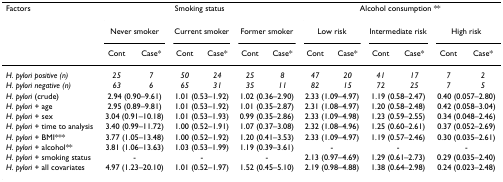
<table><thead><tr><td><b>Factors</b></td><td colspan="6"><b>Smoking status</b></td><td colspan="6"><b>Alcohol consumption **</b></td></tr><tr><td></td><td colspan="2"><b>Never smoker</b></td><td colspan="2"><b>Current smoker</b></td><td colspan="2"><b>Former smoker</b></td><td colspan="2"><b>Low risk</b></td><td colspan="2"><b>Intermediate risk</b></td><td colspan="2"><b>High risk</b></td></tr><tr><td></td><td><b>Cont</b></td><td><b>Case*</b></td><td><b>Cont</b></td><td><b>Case*</b></td><td><b>Cont</b></td><td><b>Case*</b></td><td><b>Cont</b></td><td><b>Case*</b></td><td><b>Cont</b></td><td><b>Case*</b></td><td><b>Cont</b></td><td><b>Case*</b></td></tr></thead><tbody><tr><td><i>H. pylori positive (n)</i></td><td><i>25</i></td><td><i>7</i></td><td><i>50</i></td><td><i>24</i></td><td><i>25</i></td><td><i>8</i></td><td><i>47</i></td><td><i>20</i></td><td><i>41</i></td><td><i>17</i></td><td><i>7</i></td><td><i>2</i></td></tr><tr><td><i>H. pylori negative (n)</i></td><td><i>63</i></td><td><i>6</i></td><td><i>65</i></td><td><i>31</i></td><td><i>35</i></td><td><i>11</i></td><td><i>82</i></td><td><i>15</i></td><td><i>72</i></td><td><i>25</i></td><td><i>7</i></td><td><i>5</i></td></tr><tr><td><i>H. pylori </i>(crude)</td><td colspan="2">2.94 (0.90–9.61)</td><td colspan="2">1.01 (0.53–1.92)</td><td colspan="2">1.02 (0.36–2.90)</td><td colspan="2">2.33 (1.09–4.97)</td><td colspan="2">1.19 (0.58–2.47)</td><td colspan="2">0.40 (0.057–2.80)</td></tr><tr><td><i>H. pylori </i>+ age</td><td colspan="2">2.95 (0.89–9.81)</td><td colspan="2">1.01 (0.53–1.92)</td><td colspan="2">1.01 (0.35–2.87)</td><td colspan="2">2.31 (1.08–4.97)</td><td colspan="2">1.20 (0.58–2.48)</td><td colspan="2">0.42 (0.058–3.04)</td></tr><tr><td><i>H. pylori </i>+ sex</td><td colspan="2">3.04 (0.91–10.18)</td><td colspan="2">1.01 (0.53–1.93)</td><td colspan="2">0.99 (0.35–2.86)</td><td colspan="2">2.33 (1.09–4.98)</td><td colspan="2">1.23 (0.59–2.55)</td><td colspan="2">0.34 (0.048–2.46)</td></tr><tr><td><i>H. pylori </i>+ time to analysis</td><td colspan="2">3.40 (0.99–11.72)</td><td colspan="2">1.00 (0.52–1.91)</td><td colspan="2">1.07 (0.37–3.08)</td><td colspan="2">2.32 (1.08–4.96)</td><td colspan="2">1.25 (0.60–2.61)</td><td colspan="2">0.37 (0.052–2.69)</td></tr><tr><td><i>H. pylori </i>+ BMI***</td><td colspan="2">3.77 (1.05–13.48)</td><td colspan="2">1.00 (0.52–1.92)</td><td colspan="2">1.20 (0.41–3.53)</td><td colspan="2">2.33 (1.09–4.97)</td><td colspan="2">1.19 (0.57–2.46)</td><td colspan="2">0.30 (0.035–2.61)</td></tr><tr><td><i>H. pylori </i>+ alcohol**</td><td colspan="2">3.81 (1.06–13.63)</td><td colspan="2">1.03 (0.53–1.99)</td><td colspan="2">1.19 (0.39–3.61)</td><td colspan="2">-</td><td colspan="2">-</td><td colspan="2">-</td></tr><tr><td><i>H. pylori </i>+ smoking status</td><td colspan="2">-</td><td colspan="2">-</td><td colspan="2">-</td><td colspan="2">2.13 (0.97–4.69)</td><td colspan="2">1.29 (0.61–2.73)</td><td colspan="2">0.29 (0.035–2.40)</td></tr><tr><td><i>H. pylori </i>+ all covariates</td><td colspan="2">4.97 (1.23–20.10)</td><td colspan="2">1.01 (0.52–1.97)</td><td colspan="2">1.52 (0.45–5.10)</td><td colspan="2">2.19 (0.98–4.88)</td><td colspan="2">1.38 (0.64–2.98)</td><td colspan="2">0.24 (0.023–2.48)</td></tr></tbody></table>